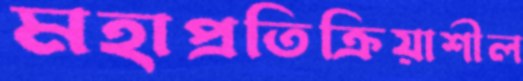
মহাপ্রতিক্রিয়াশীল